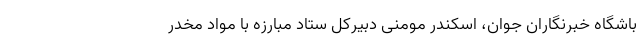
باشگاه خبرنگاران جوان، اسکندر مومنی دبیرکل ستاد مبارزه با مواد مخدر